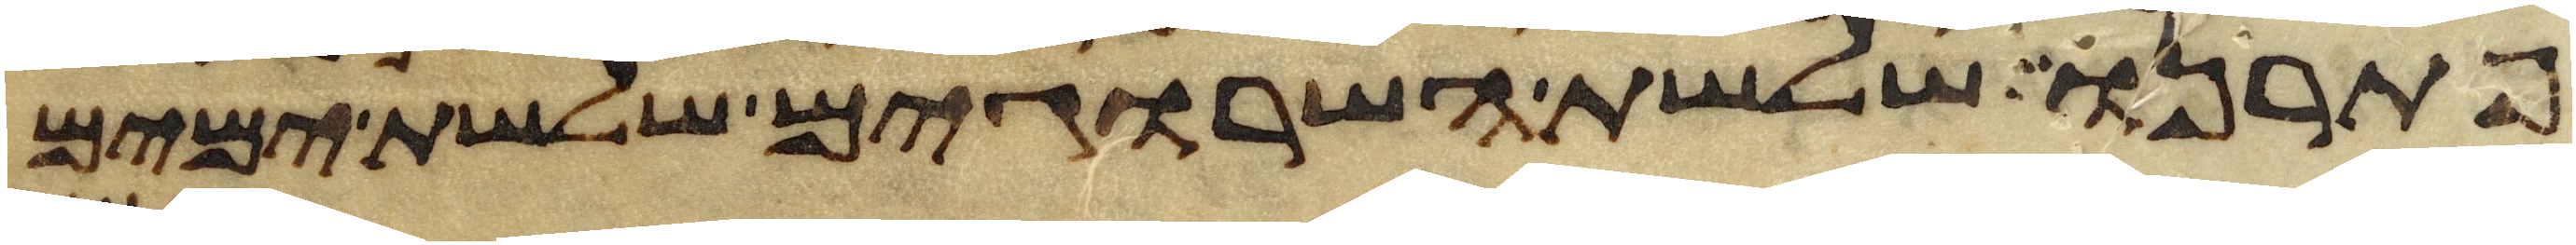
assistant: פתרנו שלשת השרוגים שלשת ימים